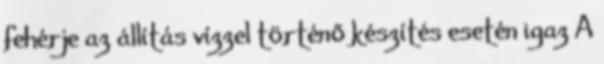
fehérje az állítás vízzel történő készítés esetén igaz A